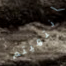
انتهيتم